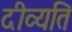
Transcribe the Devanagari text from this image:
दीव्यति